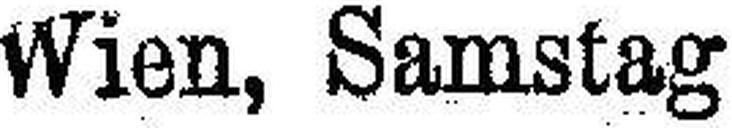
Wien, Samstag